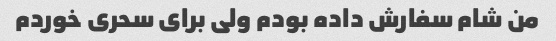
من شام سفارش داده بودم ولی برای سحری خوردم